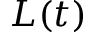
L ( t )